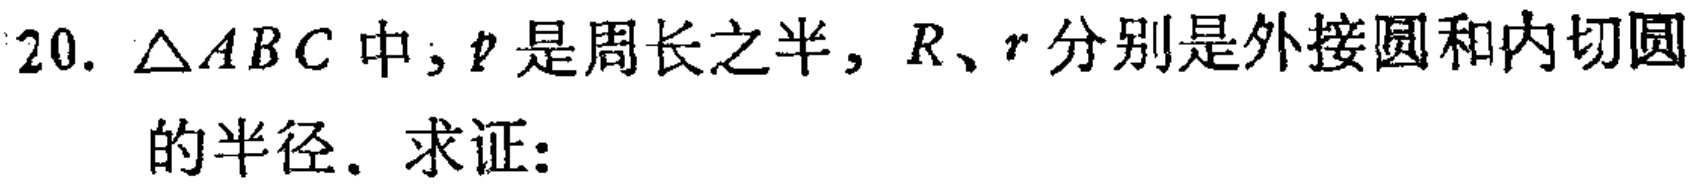
$20.\ \triangle ABC中，p是周长之半，R、r分别是外接圆和内切圆$
$的半径．求证：$